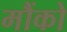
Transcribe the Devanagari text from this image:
मौंको